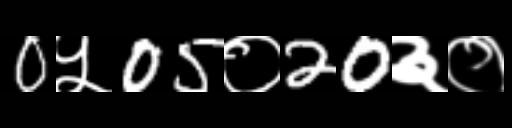
Text: 0५05०20३०